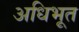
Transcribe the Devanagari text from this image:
अधिभूत